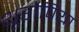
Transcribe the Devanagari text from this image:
थूरोपिया